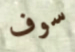
سوف